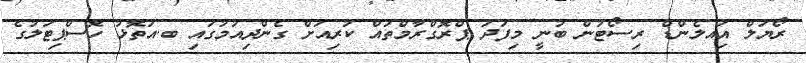
ރޯޔަލް އަިއލެންޑް ރިސޯޓުން ބުނީ މިފަދަ ޕްރޮގްރާމްތައް ކުރިއަށް ގެންދިއުމުގައި ބ.އަތޮޅު ހޮސްޕިޓަލުގެ